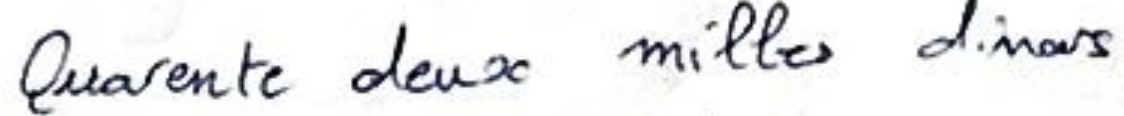
Quarente deux milles dinars